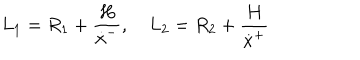
L _ { 1 } = R _ { 1 } + { \frac { H } { \dot { x } ^ { - } } } , \quad L _ { 2 } = R _ { 2 } + { \frac { H } { \dot { x } ^ { + } } }